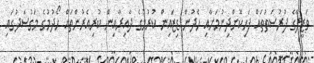
ވަޒީފާގެ ފުރުސަތުތައް ފަހިކޮށްދިނުމަށާއި ހެދުން ޑިޒައިން ކުރުމުގެ ދާއިރާއިން ކުރިއެރުންތައް ހޯދުމުގެ މަގުސަދުގައި